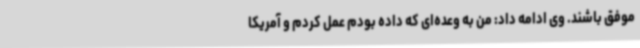
موفق باشند. وی ادامه داد: من به وعده‌ای که داده بودم عمل کردم و آمریکا